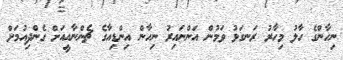
ނިހާންގެ ހާލު މިހާރު ރަނގަޅު ވަމުން އަންނައިރު ނިހާން އިންޑިއާގެ ޗެންނާއީއަށް ގެންދިއުމަށް